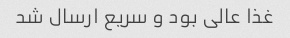
غذا عالی بود و سریع ارسال شد